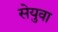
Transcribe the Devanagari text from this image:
सेयुवा